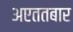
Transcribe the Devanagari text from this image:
अएततबार